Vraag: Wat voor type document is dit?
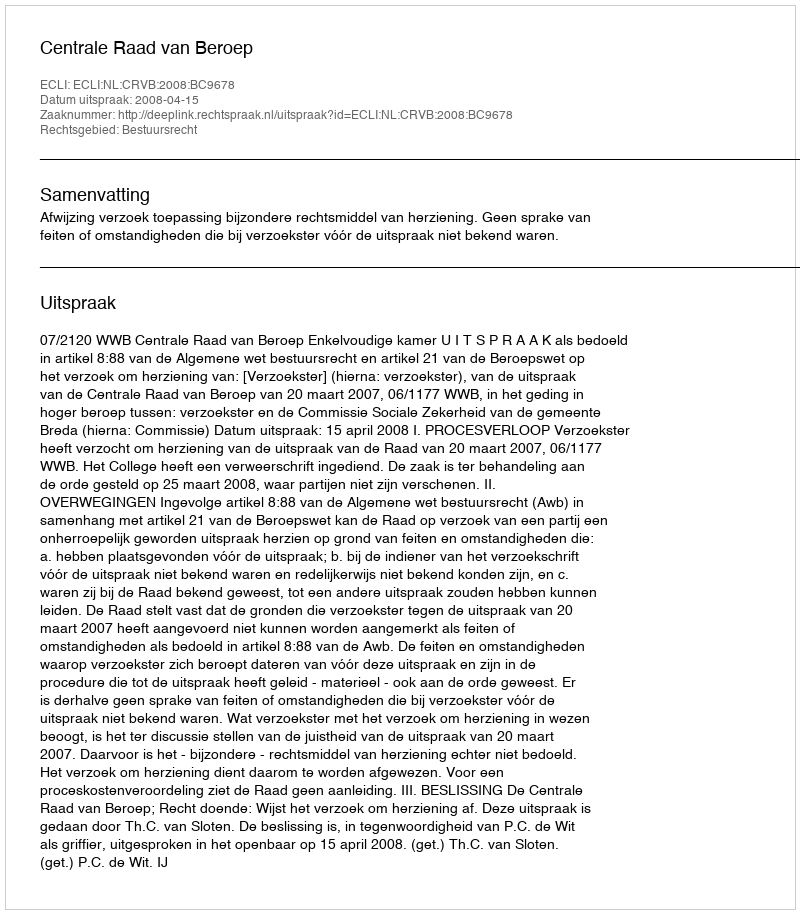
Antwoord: Uitspraak